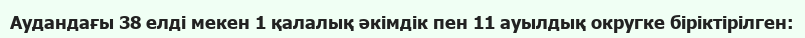
Аудандағы 38 елді мекен 1 қалалық әкімдік пен 11 ауылдық округке біріктірілген: